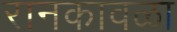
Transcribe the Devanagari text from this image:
रानकावळा